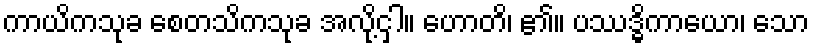
ကာယိကသုခ စေတသိကသုခ အလို့ငှါ။ ဟောတိ၊ ၏။ ပဿဒ္ဓိကာယော၊ သော